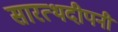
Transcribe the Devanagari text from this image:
सारत्थदीपनी